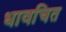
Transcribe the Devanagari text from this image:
धावचित